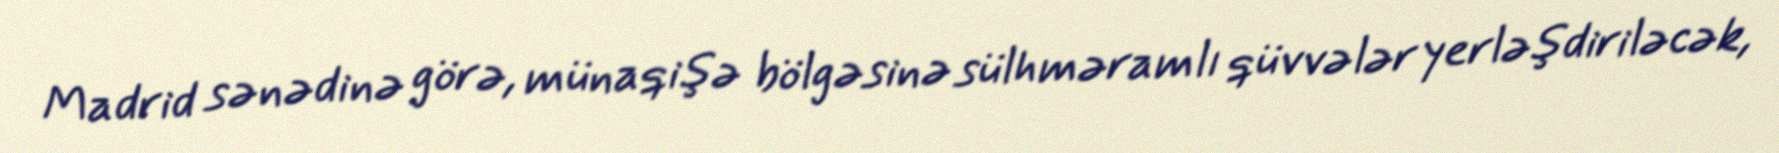
Madrid sənədinə görə, münaqişə bölgəsinə sülhməramlı qüvvələr yerləşdiriləcək,